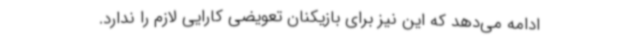
ادامه می‌دهد که این نیز برای بازیکنان تعویضی کارایی لازم را ندارد.